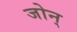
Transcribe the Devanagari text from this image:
जोन्